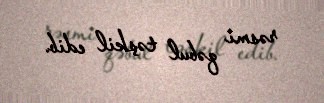
rəsmi qəbul təşkil edib.